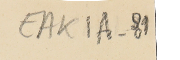
EAK1A-81